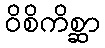
ဝိစိကိစ္ဆာ